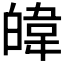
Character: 𪾃